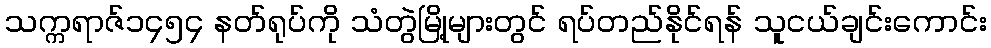
သက္ကရာဇ်၁၄၅၄ နတ်ရုပ်ကို သံတွဲမြို့များတွင် ရပ်တည်နိုင်ရန် သူငယ်ချင်းကောင်း